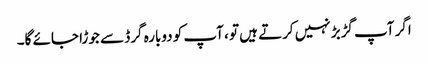
اگر آپ گڑبڑ نہیں کرتے ہیں تو ، آپ کو دوبارہ گرڈ سے جوڑا جائے گا۔